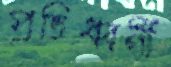
প্রতিধ্বনী